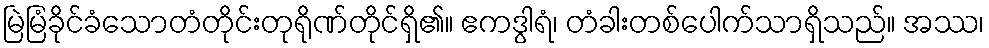
မြဲမြံခိုင်ခံသောတံတိုင်းတုရိုဏ်တိုင်ရှိ၏။ ဧကဒွါရံ၊ တံခါးတစ်ပေါက်သာရှိသည်။ အဿ၊